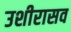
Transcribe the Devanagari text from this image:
उशीरासव